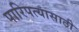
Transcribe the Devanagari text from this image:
पारिपत्यासाठी